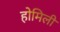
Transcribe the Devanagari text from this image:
होमिली